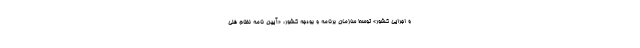
و اجرایی کشور» توسط سازمان برنامه و بودجه کشور، «آیین نامه نظام فنی